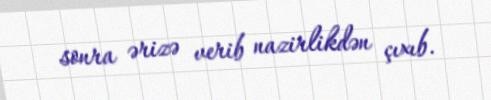
sonra ərizə verib nazirlikdən çıxıb.